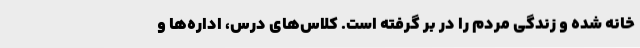
خانه شده و زندگی مردم را در بر گرفته است. کلاس‌های درس، اداره‌ها و